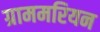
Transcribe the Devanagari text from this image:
ग्राममरियन